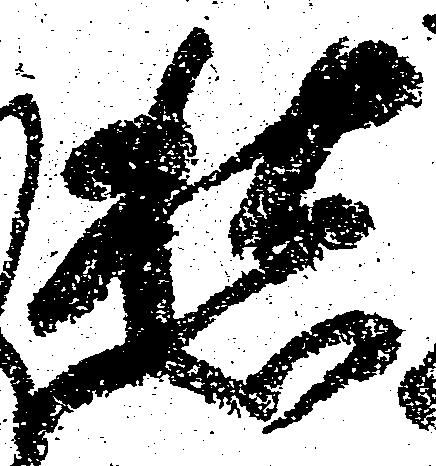
愁